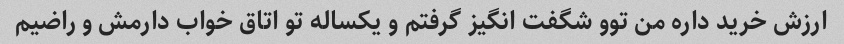
ارزش خرید داره من توو شگفت انگیز گرفتم و یکساله تو اتاق خواب دارمش و راضیم